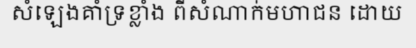
សំឡេងគាំទ្រខ្លាំង ពីសំណាក់មហាជន ដោយ